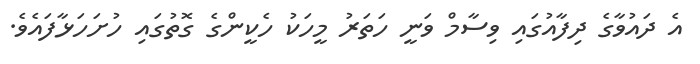
އެ ދައުވާގެ ދިފާއުގައި ވިސާމް ވަނީ ހަތަރު މީހަކު ހެކީންގެ ގޮތުގައި ހުށަހަޅާފައެވެ.